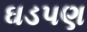
ઘડપણ